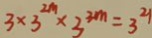
3 \times 3 ^ { 2 m } \times 3 ^ { 3 m } = 3 ^ { 2 1 }